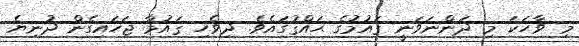
މި ވާހަކަ މި ދަންނަވަނީ ޤައުމުގެ ޙައްޤުގައެވެ. ދިވެހި ޤައުމާ ޖަހައިގެން ދުނިޔެ